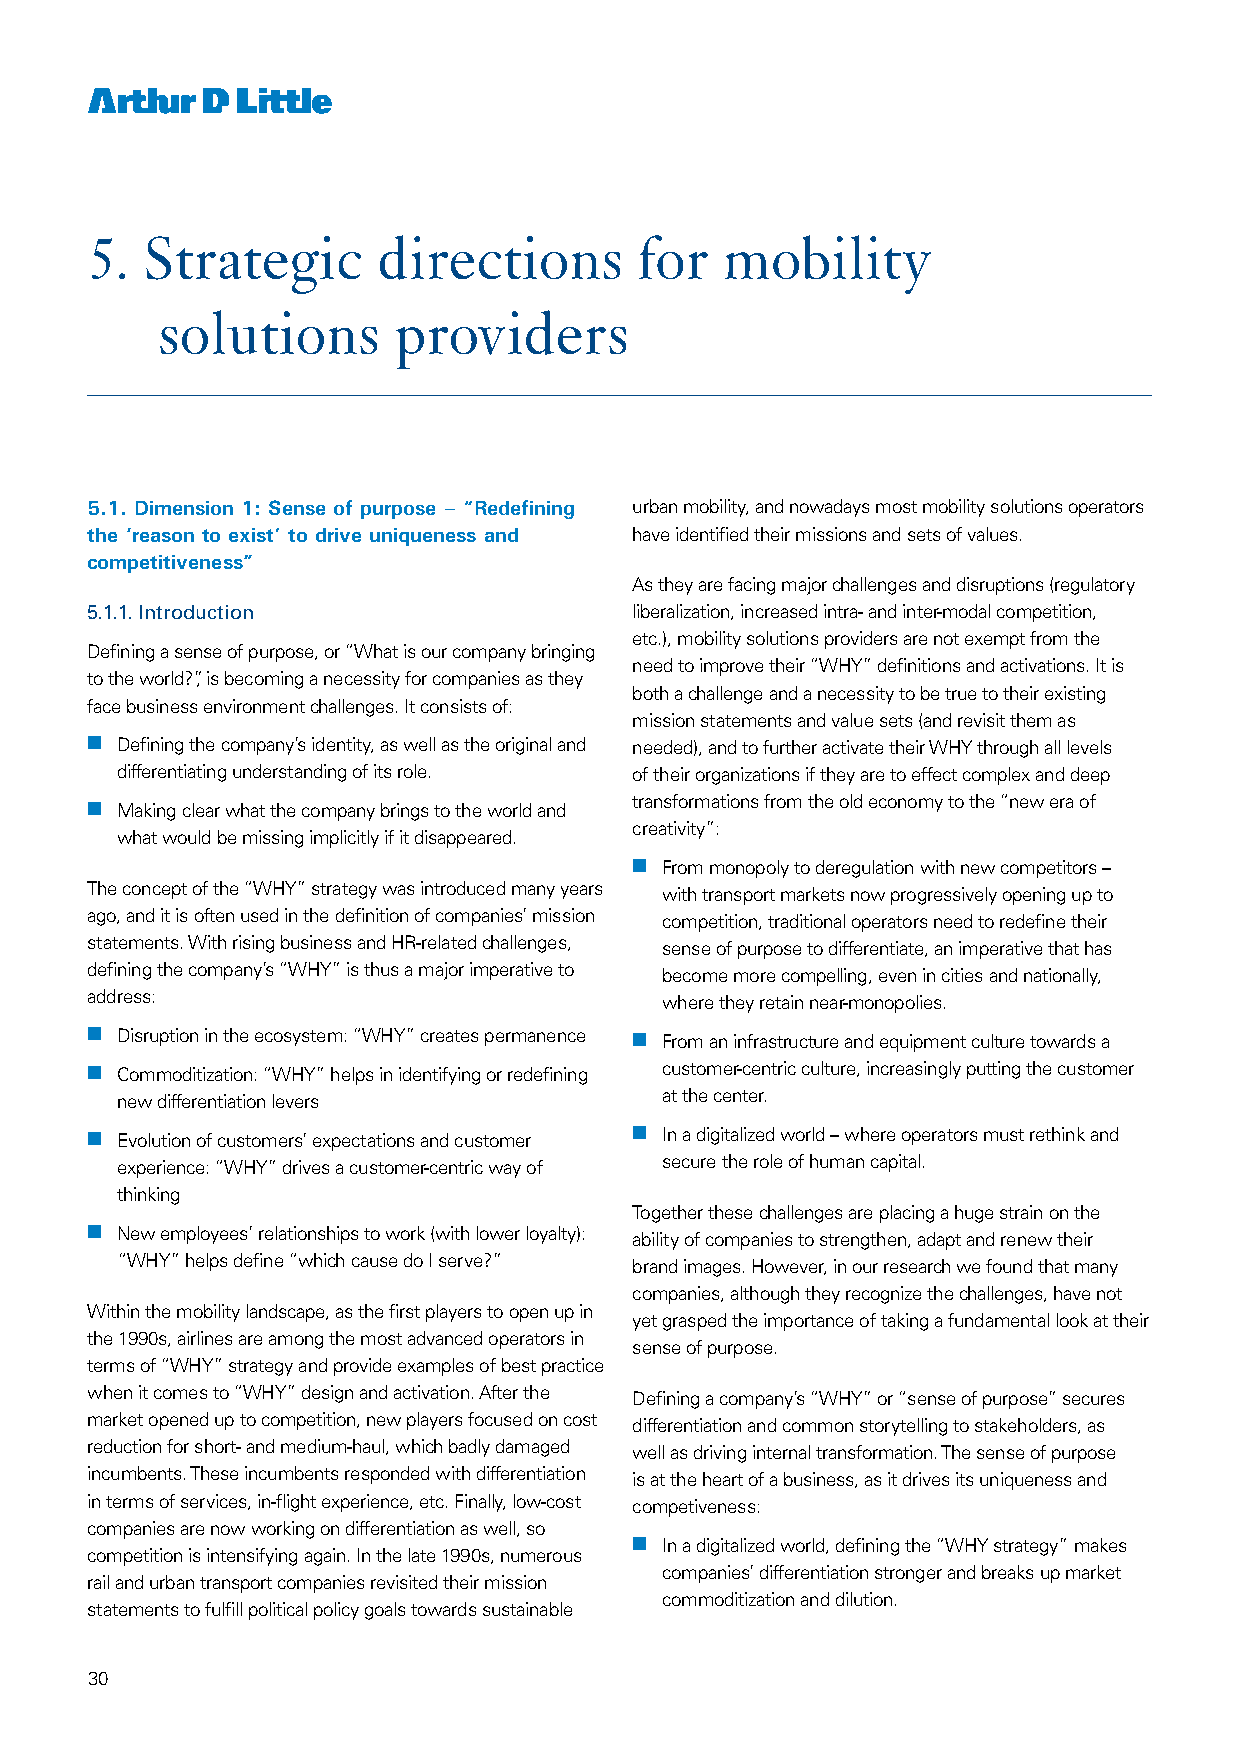
5. Strategic       directions       for   mobility
 solutions       providers
 5.1. Dimension 1: Sense of purpose – “Redefining urban mobility, and nowadays most mobility solutions operators
 the ‘reason to exist’ to drive uniqueness and have identified their missions and sets of values.
 competitiveness”
 As they are facing major challenges and disruptions (regulatory
 5.1.1. Introduction                 liberalization, increased intra- and inter-modal competition,
 etc.), mobility solutions providers are not exempt from the
 Defining a sense of purpose, or “What is our company bringing
 need to improve their “WHY” definitions and activations. It is
 to the world?”, is becoming a necessity for companies as they
 both a challenge and a necessity to be true to their existing
 face business environment challenges. It consists of:
 mission statements and value sets (and revisit them as
 nn Defining the company’s identity, as well as the original and needed), and to further activate their WHY through all levels
 differentiating understanding of its role. of their organizations if they are to effect complex and deep
 nn Making clear what the company brings to the world and transformations from the old economy to the “new era of
 creativity”:
 what would be missing implicitly if it disappeared.
 nn From monopoly to deregulation with new competitors –
 The concept of the “WHY” strategy was introduced many years with transport markets now progressively opening up to
 ago, and it is often used in the definition of companies’ mission competition, traditional operators need to redefine their
 statements. With rising business and HR-related challenges, sense of purpose to differentiate, an imperative that has
 defining the company’s “WHY” is thus a major imperative to become more compelling, even in cities and nationally,
 address:                              where they retain near-monopolies.
 nn Disruption in the ecosystem: “WHY” creates permanence nn From an infrastructure and equipment culture towards a
 nn Commoditization: “WHY” helps in identifying or redefining customer-centric culture, increasingly putting the customer
 new differentiation levers          at the center.
 nn Evolution of customers’ expectations and customer nn In a digitalized world – where operators must rethink and
 experience: “WHY” drives a customer-centric way of secure the role of human capital.
 thinking
 Together these challenges are placing a huge strain on the
 nn New employees’ relationships to work (with lower loyalty): ability of companies to strengthen, adapt and renew their
 “WHY” helps define “which cause do I serve?” brand images. However, in our research we found that many
 companies, although they recognize the challenges, have not
 Within the mobility landscape, as the first players to open up in
 yet grasped the importance of taking a fundamental look at their
 the 1990s, airlines are among the most advanced operators in
 sense of purpose.
 terms of “WHY” strategy and provide examples of best practice
 when it comes to “WHY” design and activation. After the Defining a company’s “WHY” or “sense of purpose” secures
 market opened up to competition, new players focused on cost differentiation and common storytelling to stakeholders, as
 reduction for short- and medium-haul, which badly damaged well as driving internal transformation. The sense of purpose
 incumbents. These incumbents responded with differentiation is at the heart of a business, as it drives its uniqueness and
 in terms of services, in-flight experience, etc. Finally, low-cost competiveness:
 companies are now working on differentiation as well, so
 nn In a digitalized world, defining the “WHY strategy” makes
 competition is intensifying again. In the late 1990s, numerous
 companies’ differentiation stronger and breaks up market
 rail and urban transport companies revisited their mission
 commoditization and dilution.
 statements to fulfill political policy goals towards sustainable
 30